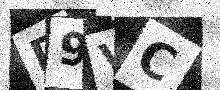
Text: D9VC